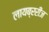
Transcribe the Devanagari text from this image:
लायब्ररीज